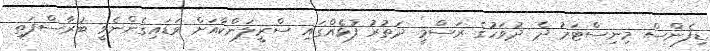
ޑިފެންސް މިނިސްޓަރު ދެ ދުވަހުގެ ރަސްމީ ދަތުރު ފުޅެއްގައި ސްރީލަންކާއަށް ވަޑައިގެންނެވީ ބުރާސްފަތި